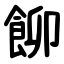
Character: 飹